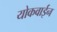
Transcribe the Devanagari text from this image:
योकवाईन